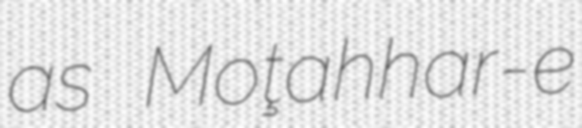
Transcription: as Moţahhar-e